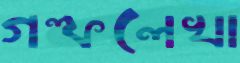
গল্পলেখা